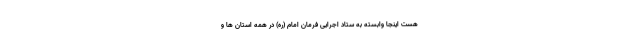
هست اینجا وابسته به ستاد اجرایی فرمان امام (ره) در همه استان ها و